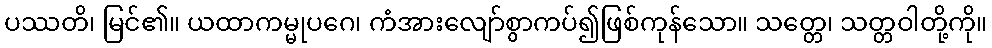
ပဿတိ၊ မြင်၏။ ယထာကမ္မုပဂေ၊ ကံအားလျော်စွာကပ်၍ဖြစ်ကုန်သော။ သတ္တေ၊ သတ္တဝါတို့ကို။